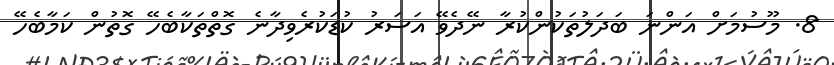
8. މޫސުމަށް އަންނަ ބަދަލުތަކުންކުރާ ނޭދެވޭ އަސަރު ކުޑަކުރެވިދާނެ ގޮތްތަކާބެހޭ ގޮތުން ކަމާބެހޭ